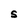
Character: S